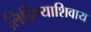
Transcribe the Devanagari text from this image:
लिहिण्याशिवाय